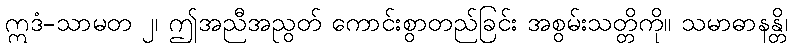
ဣဒံ-သာမတ ၂၊ ဤအညီအညွတ် ကောင်းစွာတည်ခြင်း အစွမ်းသတ္တိကို။ သမာဓာနန္တိ၊